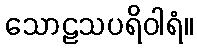
သောဠသပရိဝါရံ။